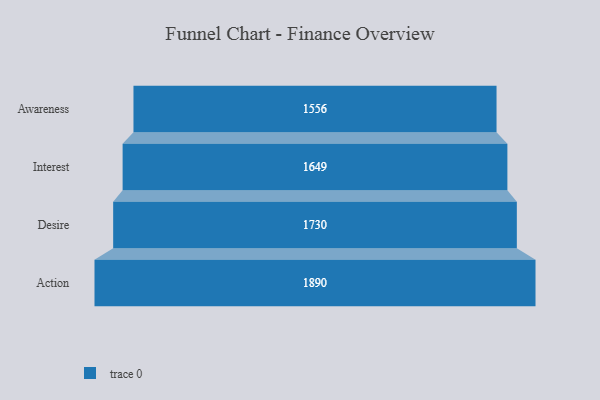
{"axis": {"x": "Stage", "y": "Value"}, "legend": [""], "data": [{"x": "Awareness", "y": 1556.0, "type": ""}, {"x": "Interest", "y": 1649.0, "type": ""}, {"x": "Desire", "y": 1730.0, "type": ""}, {"x": "Action", "y": 1890.0, "type": ""}]}